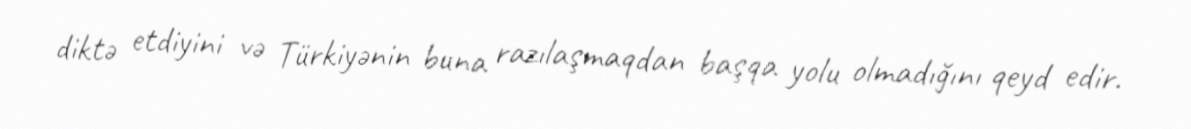
diktə etdiyini və Türkiyənin buna razılaşmaqdan başqa yolu olmadığını qeyd edir.